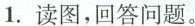
1.读图，回答问题。